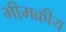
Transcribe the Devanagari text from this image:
भीमक्रीय